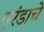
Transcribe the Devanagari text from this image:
एरंडाचे